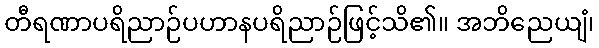
တီရဏာပရိညာဉ်ပဟာနပရိညာဉ်ဖြင့်သိ၏။ အဘိညေယျံ၊